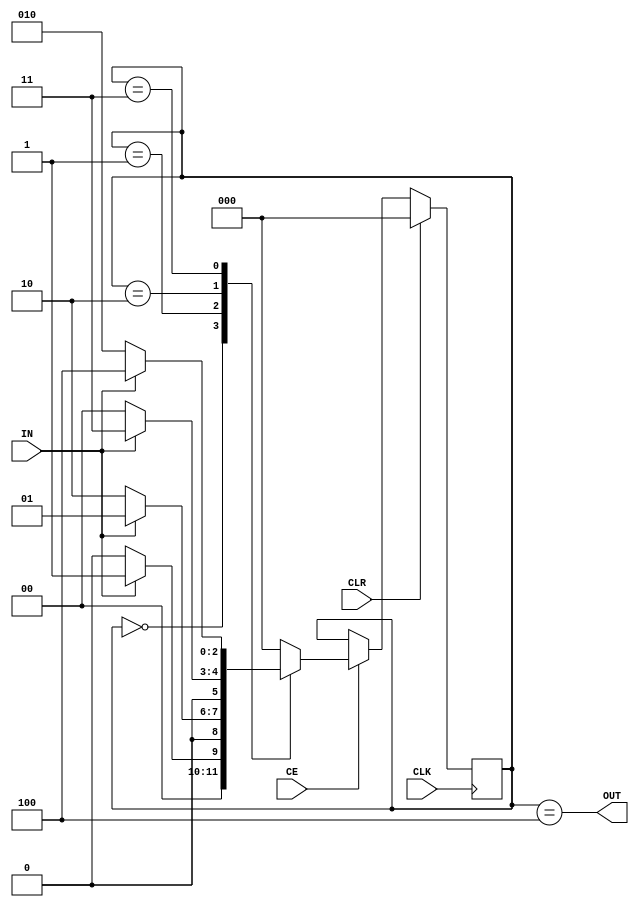
//automat wykrywajacy sekwencje 1011
module fsm(
	input 			CLK,
	input 			CLR,
	input 			CE,
	input 			IN,
	output 	 		OUT
);
parameter st1 = 3'b000;
parameter st2 = 3'b001;
parameter st3 = 3'b010;
parameter st4 = 3'b011;
parameter st5 = 3'b100;

reg [2:0] state = st1;

   always@(posedge CLK)
		begin
      if (CLR) begin
         state <= st1;
      end
      else
			if(CE) begin
				case (state)
					st1 :	begin
						if (IN == 1'b1)
							state <= st2;
						else
							state <= st1;
					end
					st2 :	begin
						if (IN == 1'b0)
							state <= st3;
						else
							state <= st2;
					end
					st3 : begin
						if (IN == 1'b1)
							state <= st4;
						else
							state <= st1;
					end
					st4 : begin
						if (IN == 1'b1)
							state <= st5;
						else
							state <= st3;
					end
					st5 :	begin
						state <= st1;
					end
					default : begin //domyslne przejscie - samokorekcja
						state <= st1;
					end
				endcase
			end
	end
	assign OUT = (state==st5);
endmodule

//----------------------------
//zadania
//
//1. Napisac tb
//2. Sprawdzic dzialanie OUT